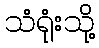
သံရုံးသို့